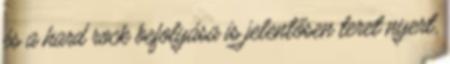
és a hard rock befolyása is jelentősen teret nyert,